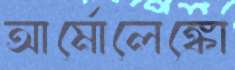
আর্মোলেঙ্কো